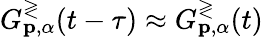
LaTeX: G_{\mathbf{p},\alpha}^{\gtrless}(t-\tau)\approx G_{\mathbf{p},\alpha}^{\gtrless}(t)